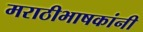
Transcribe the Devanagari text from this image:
मराठीभाषकांनी